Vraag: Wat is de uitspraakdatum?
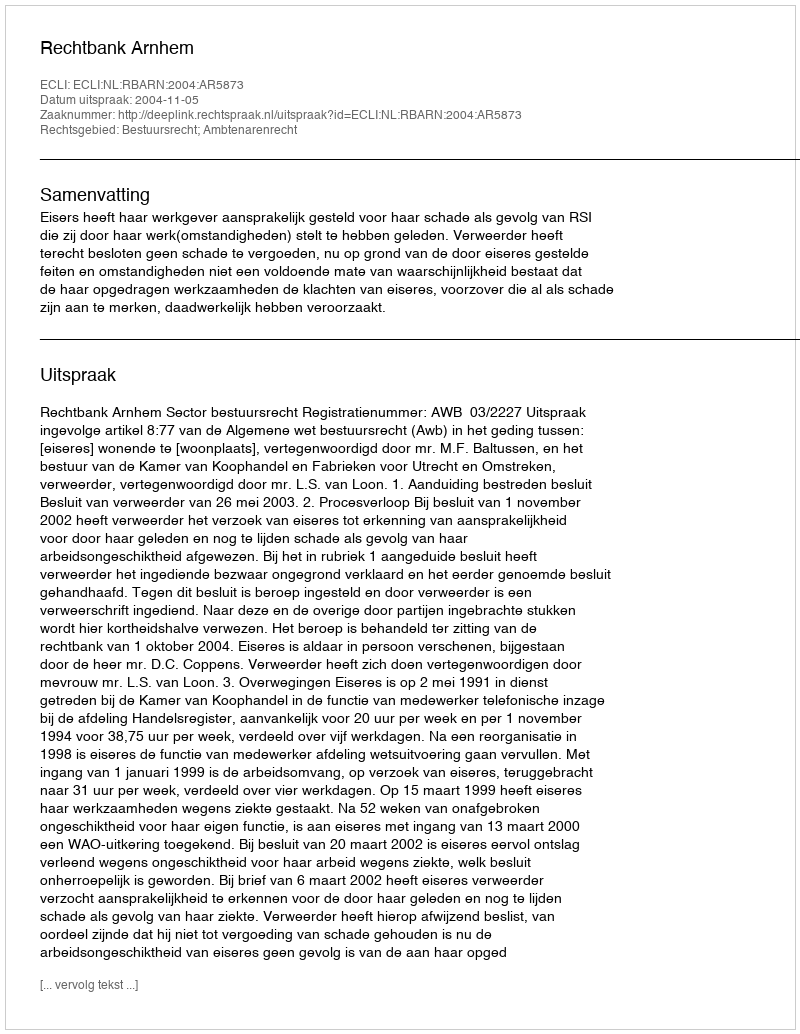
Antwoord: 2004-11-05